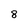
Character: 8